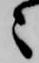
々